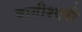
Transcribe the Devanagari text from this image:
वागीश्‍वरी